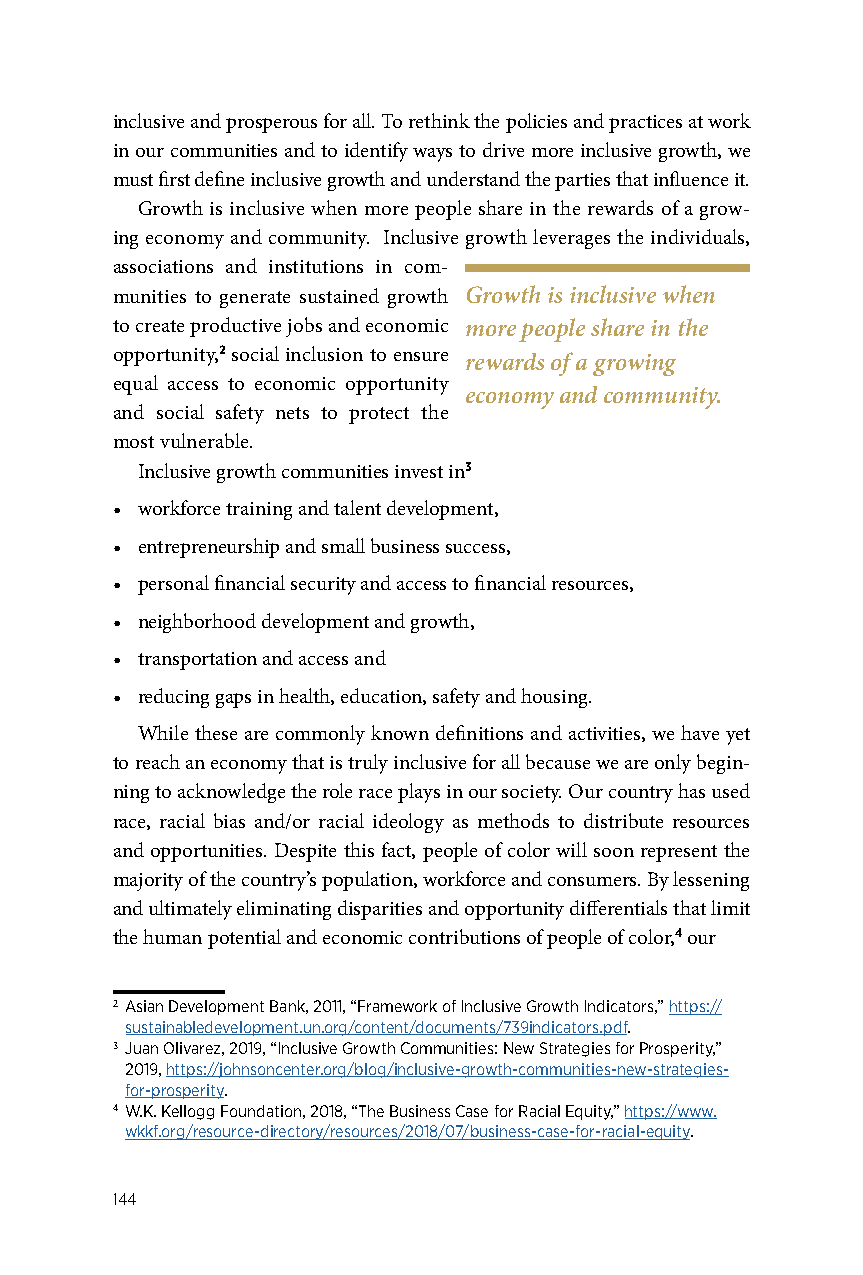
inclusive and prosperous for all. To rethink the policies and practices at work
 in our communities and to identify ways to drive more inclusive growth, we
 must first define inclusive growth and understand the parties that influence it.
 Growth is inclusive when more people share in the rewards of a grow-
 ing economy and community. Inclusive growth leverages the individuals,
 associations and institutions in com-
 munities to generate sustained growth Growth is inclusive when
 to create productive jobs and economic more people share in the
 opportunity,2 social inclusion to ensure rewards of a growing
 equal access to economic opportunity
 economy and community.
 and social safety nets to protect the
 most vulnerable.
 Inclusive growth communities invest in3
 • workforce training and talent development,
 • entrepreneurship and small business success,
 • personal financial security and access to financial resources,
 • neighborhood development and growth,
 • transportation and access and
 • reducing gaps in health, education, safety and housing.
 While these are commonly known definitions and activities, we have yet
 to reach an economy that is truly inclusive for all because we are only begin-
 ning to acknowledge the role race plays in our society. Our country has used
 race, racial bias and/or racial ideology as methods to distribute resources
 and opportunities. Despite this fact, people of color will soon represent the
 majority of the country’s population, workforce and consumers. By lessening
 and ultimately eliminating disparities and opportunity differentials that limit
 the human potential and economic contributions of people of color,4 our
 2 Asian Development Bank, 2011, “Framework of Inclusive Growth Indicators,” https://
 sustainabledevelopment.un.org/content/documents/739indicators.pdf.
 3 Juan Olivarez, 2019, “Inclusive Growth Communities: New Strategies for Prosperity,”
 2019, https://johnsoncenter.org/blog/inclusive-growth-communities-new-strategies-
 for-prosperity.
 4 W.K. Kellogg Foundation, 2018, “The Business Case for Racial Equity,” https://www.
 wkkf.org/resource-directory/resources/2018/07/business-case-for-racial-equity.
 144